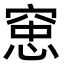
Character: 𫁑